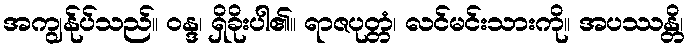
အကျွန်ုပ်သည်။ ဝန္ဒ၊ ရှိခိုးပါ၏။ ရာဇပုတ္တံ၊ လင်မင်းသားကို။ အပဿန္တိ၊